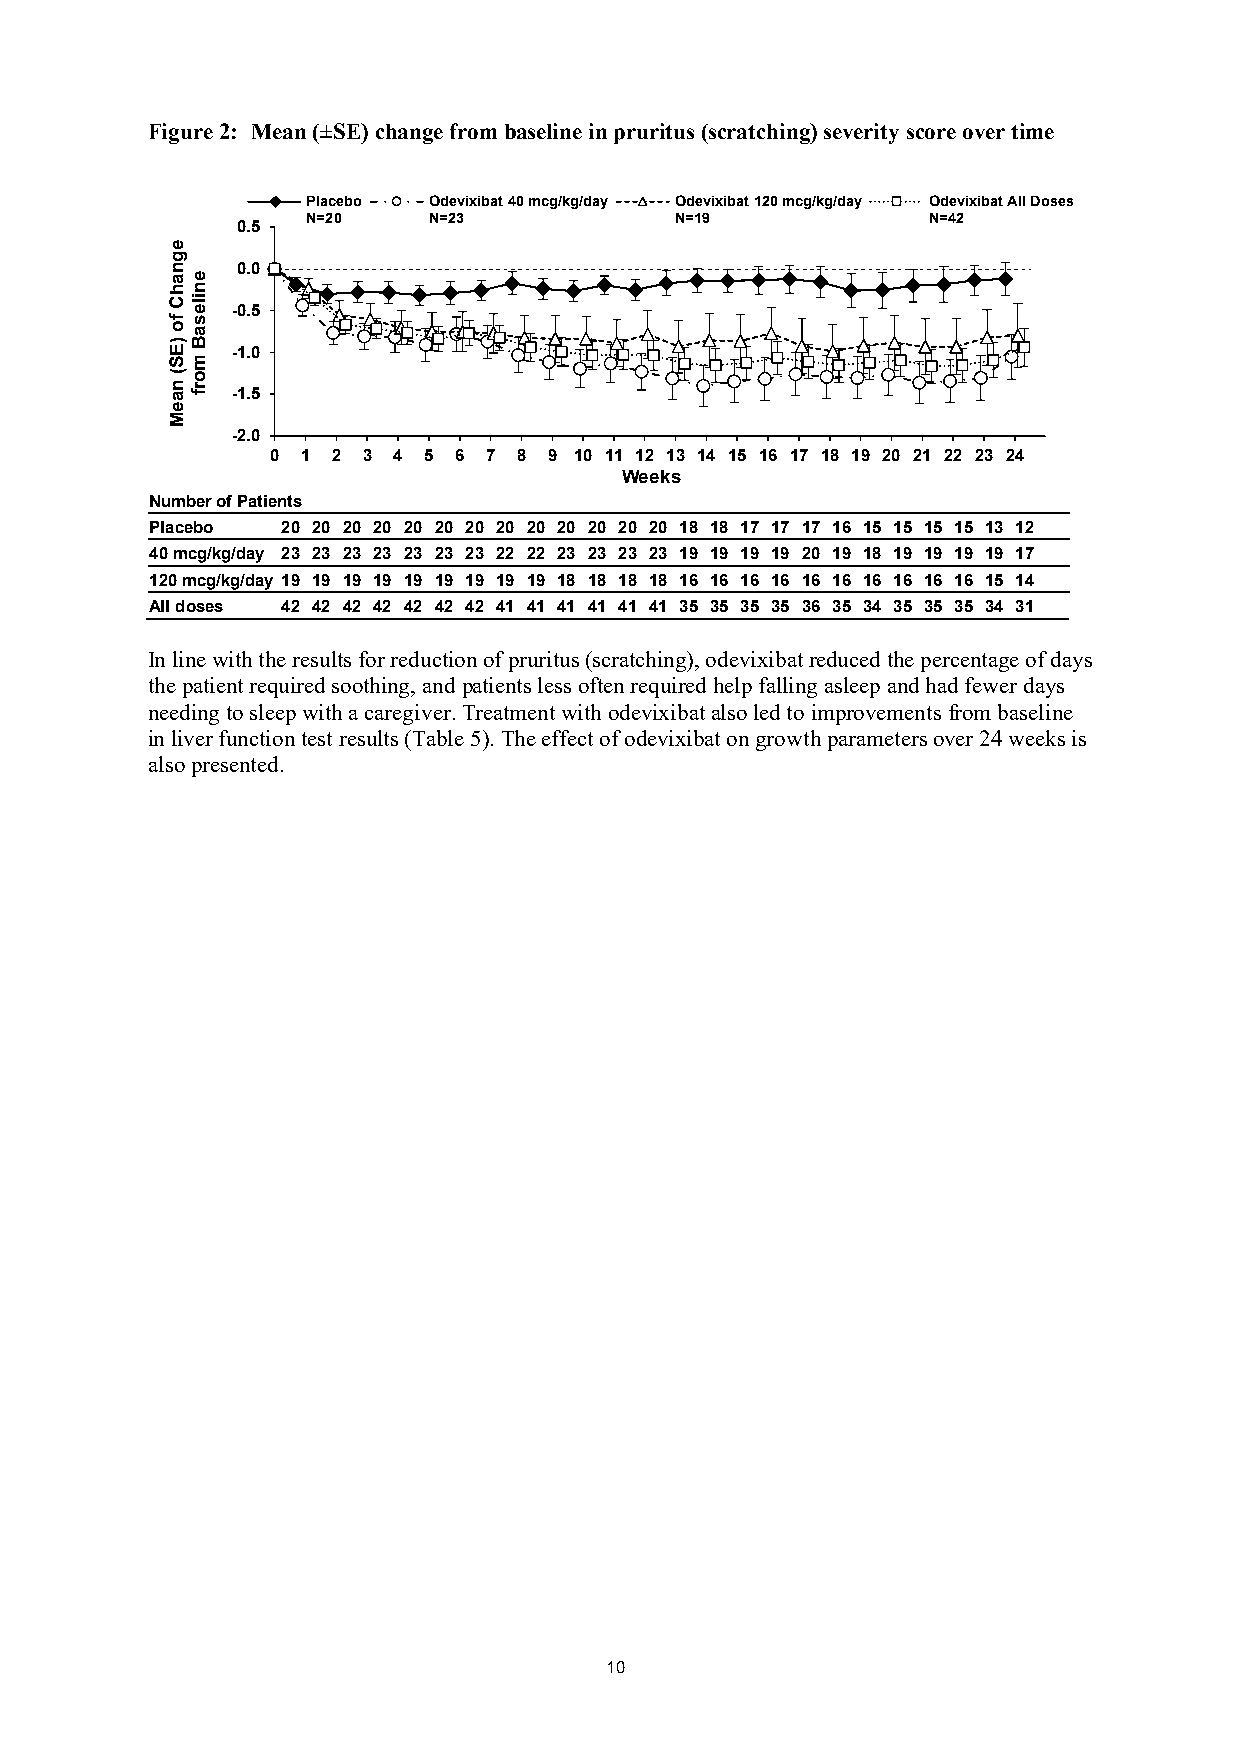
Figure 2: Mean (±SE) change from baseline in pruritus (scratching) severity score over time
 Placebo Odevixibat 40 mcg/kg/day Odevixibat 120 mcg/kg/day Odevixibat All Doses
 N=20    N=23             N=19            N=42
 0.5
 0.0
 -0.5
 -1.0
 -1.5
 -2.0
 0 1 2 3 4 5 6 7 8 9 10 11 12 13 14 15 16 17 18 19 20 21 22 23 24 25
 We eks
 Number of Patients
 Placebo  20 20 20 20 20 20 20 20 20 20 20 20 20 18 18 17 17 17 16 15 15 15 15 13 12
 40 mcg/kg/day 23 23 23 23 23 23 23 22 22 23 23 23 23 19 19 19 19 20 19 18 19 19 19 19 17
 120 mcg/k g/day 19 19 19 19 19 19 19 19 19 18 18 18 18 16 16 16 16 16 16 16 16 16 16 15 14
 All doses 42 42 42 42 42 42 42 41 41 41 41 41 41 35 35 35 35 36 35 34 35 35 35 34 31
 In line with the results for reduction of pruritus (scratching), odevixibat reduced the percentage of days
 the patient required soothing, and patients less often required help falling asleep and had fewer days
 needing to sleep with a caregiver. Treatment with odevixibat also led to improvements from baseline
 in liver function test results (Table 5). The effect of odevixibat on growth parameters over 24 weeks is
 also presented.
 10
 egnahC
 fo
 )ES(
 naeM
 enilesaB
 morf